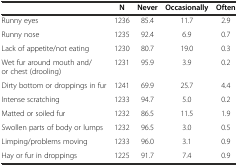
<table><thead><tr><td></td><td><b>N</b></td><td><b>Never</b></td><td><b>Occasionally</b></td><td><b>Often</b></td></tr></thead><tbody><tr><td>Runny eyes</td><td>1236</td><td>85.4</td><td>11.7</td><td>2.9</td></tr><tr><td>Runny nose</td><td>1235</td><td>92.4</td><td>6.9</td><td>0.7</td></tr><tr><td>Lack of appetite/not eating</td><td>1230</td><td>80.7</td><td>19.0</td><td>0.3</td></tr><tr><td>Wet fur around mouth and/or chest (drooling)</td><td>1231</td><td>95.9</td><td>3.9</td><td>0.2</td></tr><tr><td>Dirty bottom or droppings in fur</td><td>1241</td><td>69.9</td><td>25.7</td><td>4.4</td></tr><tr><td>Intense scratching</td><td>1233</td><td>94.7</td><td>5.0</td><td>0.2</td></tr><tr><td>Matted or soiled fur</td><td>1232</td><td>86.5</td><td>11.5</td><td>1.9</td></tr><tr><td>Swollen parts of body or lumps</td><td>1232</td><td>96.5</td><td>3.0</td><td>0.5</td></tr><tr><td>Limping/problems moving</td><td>1233</td><td>96.0</td><td>3.1</td><td>0.9</td></tr><tr><td>Hay or fur in droppings</td><td>1225</td><td>91.7</td><td>7.4</td><td>0.9</td></tr></tbody></table>